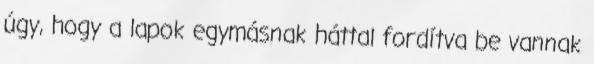
úgy, hogy a lapok egymásnak háttal fordítva be vannak